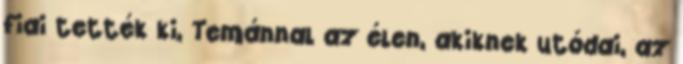
fiai tették ki, Temánnal az élen, akiknek utódai, az